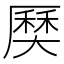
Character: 𡙽